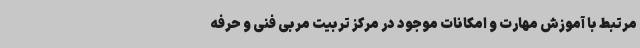
مرتبط با آموزش مهارت و امکانات موجود در مرکز تربیت مربی فنی و حرفه